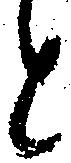
と